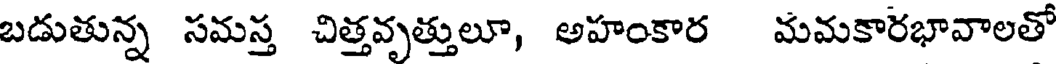
బడుతున్న సమస్త చిత్తవృత్తులూ, అహంకార మమకారభావాలతో